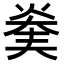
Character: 𤊖